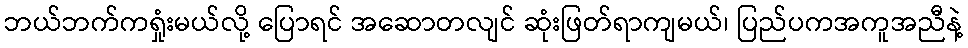
ဘယ်ဘက်ကရှုံးမယ်လို့ ပြောရင် အဆောတလျင် ဆုံးဖြတ်ရာကျမယ်၊ ပြည်ပကအကူအညီနဲ့